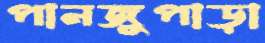
পানজুপাড়া